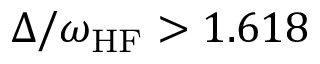
\Delta / \omega _ { \mathrm { H F } } > 1 . 6 1 8